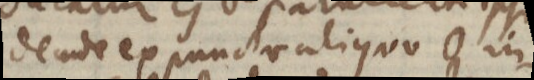
dende ex puncto aliquo O in